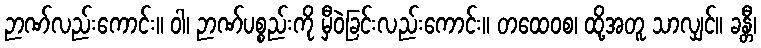
ဉာဏ်လည်းကောင်း။ ဝါ၊ ဉာဏ်ပစ္စည်းကို မှီဝဲခြင်းလည်းကောင်း။ တထေဝစ၊ ထို့အတူ သာလျှင်။ ခန္တီ၊